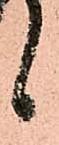
候